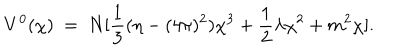
LaTeX: V ^ { 0 } ( \chi ) ~ = ~ N [ { \frac { 1 } { 3 } } ( { \eta - ( 4 \pi ) ^ { 2 } } ) \chi ^ { 3 } + { \frac { 1 } { 2 } } \lambda \chi ^ { 2 } + m ^ { 2 } \chi ] .